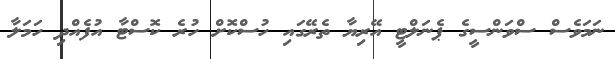
ނަމަވެސް ސްވަންސީގެ ޕެނަލްޓީ އޭރިޔާ ތެރޭގައި ހުސްކޮށް ހުރެ ކޮސްޓާ އުފެއްދި ހަމަލާ